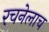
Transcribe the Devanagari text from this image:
रचनेलाच